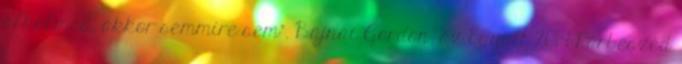
alkalmas, akkor semmire sem". Bajnai Gordon, az Együtt 2014-Párbeszéd